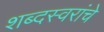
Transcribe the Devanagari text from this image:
शब्दस्वरांचे